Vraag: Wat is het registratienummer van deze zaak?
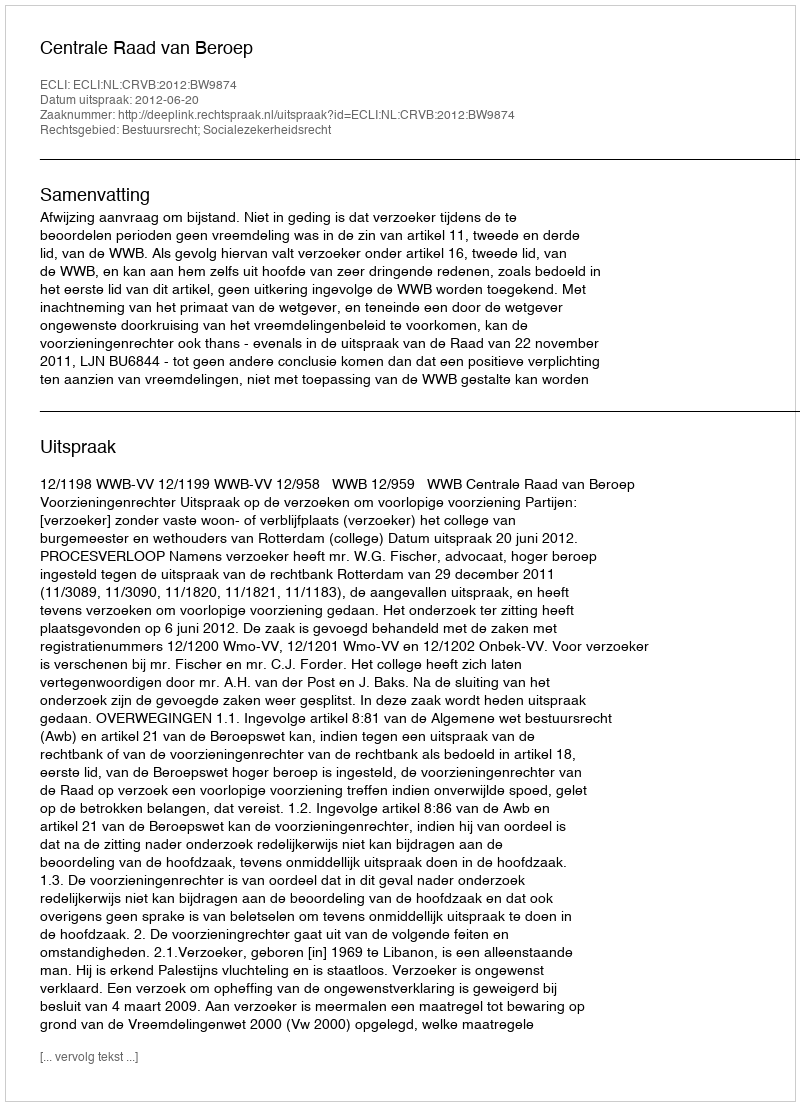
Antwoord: http://deeplink.rechtspraak.nl/uitspraak?id=ECLI:NL:CRVB:2012:BW9874